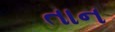
તાન